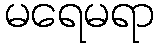
မရေမရာ